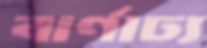
বার্ণাঢ্য